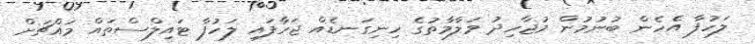
ލަހުފާ އެހެން ބުނުމުން މުޖާހިދު މަލާމާތުގެ ހިނިގަނޑެއް ޖަހާފައި ލަހުފާ ޓައިލްސްތައް މައްޗަށް